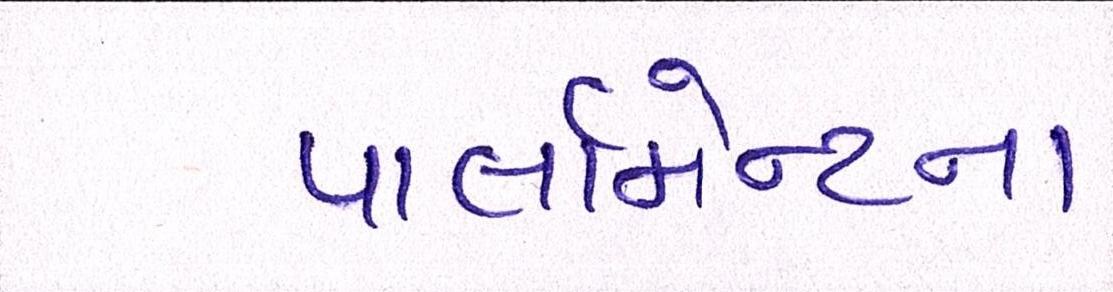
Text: પાર્લામેન્ટના